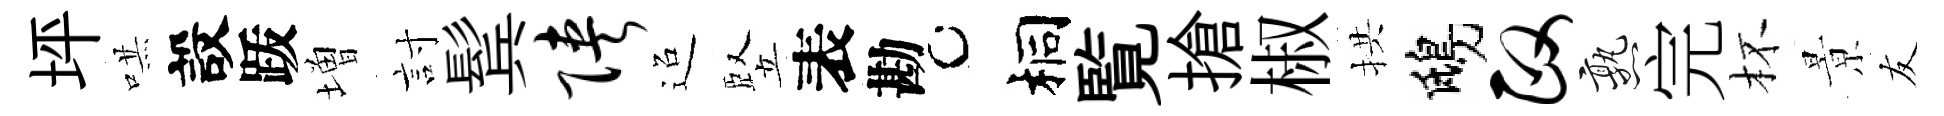
坪哄設䟦増討鬂陕迢竪表勘桐覧搶椒拱鴟政熟完杯㬌友